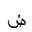
Letter: _dad